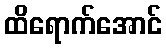
ထိရောက်အောင်